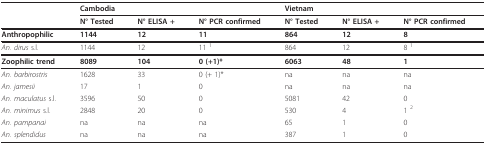
|  | <COLSPAN=3> Cambodia | <COLSPAN=3> Vietnam |
 |  | N° Tested | N° ELISA + | N° PCR confirmed | N° Tested | N° ELISA + | N° PCR confirmed |
 | --- | --- | --- | --- | --- | --- | --- |
 | Anthropophilic | 1144 | 12 | 11 | 864 | 12 | 8 |
 | An. dirus s.l. | 1144 | 12 | 11 1 | 864 | 12 | 8 1 |
 | Zoophilic trend | 8089 | 104 | 0 (+1)* | 6063 | 48 | 1 |
 | An. barbirostris | 1628 | 33 | 0 (+ 1)* | na | na | na |
 | An. jamesii | 17 | 1 | 0 | na | na | na |
 | An. maculatus s.l. | 3596 | 50 | 0 | 5081 | 42 | 0 |
 | An. minimus s.l. | 2848 | 20 | 0 | 530 | 4 | 1 2 |
 | An. pampanai | na | na | na | 65 | 1 | 0 |
 | An. splendidus | na | na | na | 387 | 1 | 0 |